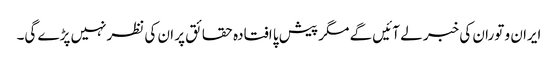
ایران و توران کی خبر لے آئیں گے مگر پیش پا افتادہ حقائق پر ان کی نظرنہیں پڑے گی۔